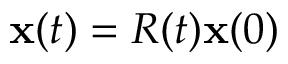
{ \bf x } ( t ) = R ( t ) { \bf x } ( 0 )